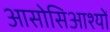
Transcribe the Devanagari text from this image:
आसोसिआश्यों